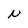
Character: N